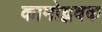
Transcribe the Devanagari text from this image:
कामोद्भवक